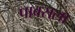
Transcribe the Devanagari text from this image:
पावसला